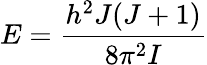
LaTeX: E=\frac{h^{2}J(J+1)}{8\pi^{2}I}